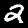
Label: 2